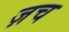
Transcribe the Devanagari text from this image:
ज़च